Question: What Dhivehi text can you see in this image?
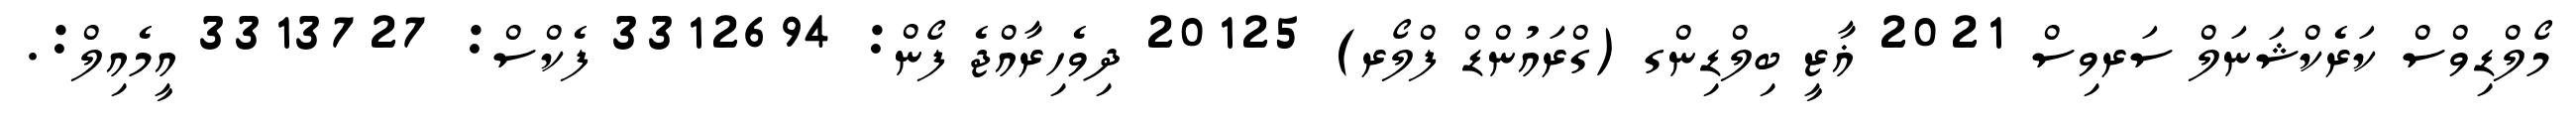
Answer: މޯލްޑިވްސް ކަރެކްޝަނަލް ސަރވިސް 2021 ޣާޒީ ބިލްޑިންގ (ގްރައުންޑް ފްލޯރ) 20125 ދިވެހިރާއްޖެ ފޯން: 3312694 ފެކްސް: 3313727 އީމެއިލް:.